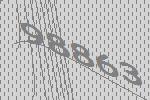
98863